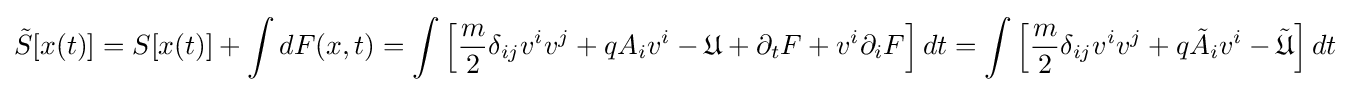
{\tilde {S}}[x(t)]=S[x(t)]+\int dF(x,t)=\int \left[{\frac {m}{2}}\delta _{ij}v^{i}v^{j}+qA_{i}v^{i}-{\mathfrak {U}}+\partial _{t}F+v^{i}\partial _{i}F\right]dt=\int \left[{\frac {m}{2}}\delta _{ij}v^{i}v^{j}+q{\tilde {A}}_{i}v^{i}-{\tilde {\mathfrak {U}}}\right]dt